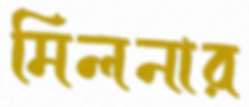
মিলনার